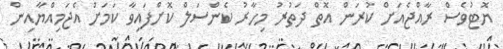
ޔޮޓުވެސް ރާއްޖެއަށް ކުރަން އޮތް ދަތުރު މިހާރު ކެންސަލް ކޮށްފައިވާ ކަމަށް އެޖަމިއްޔާއިން